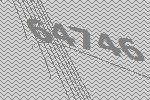
64746